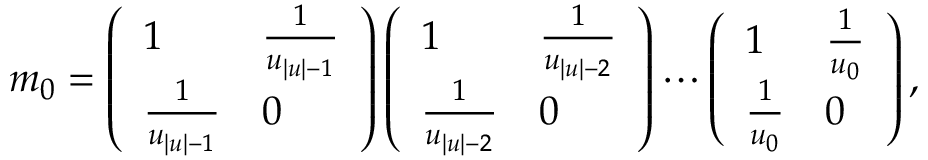
m _ { 0 } = \left( \begin{array} { l l } { 1 } & { \frac { 1 } { u _ { | u | - 1 } } } \\ { \frac { 1 } { u _ { | u | - 1 } } } & { 0 } \end{array} \right) \left( \begin{array} { l l } { 1 } & { \frac { 1 } { u _ { | u | - 2 } } } \\ { \frac { 1 } { u _ { | u | - 2 } } } & { 0 } \end{array} \right) \cdots \left( \begin{array} { l l } { 1 } & { \frac { 1 } { u _ { 0 } } } \\ { \frac { 1 } { u _ { 0 } } } & { 0 } \end{array} \right) ,